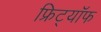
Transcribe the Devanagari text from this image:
फ्रिट्यॉफ